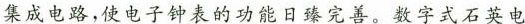
集成电路，使电子钟表的功能日臻完善。数字式石英电